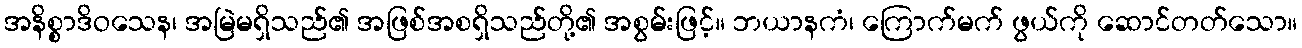
အနိစ္စာဒိဝသေန၊ အမြဲမရှိသည်၏ အဖြစ်အစရှိသည်တို့၏ အစွမ်းဖြင့်။ ဘယာနကံ၊ ကြောက်မက် ဖွယ်ကို ဆောင်တတ်သော။